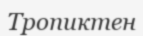
Тропиктен